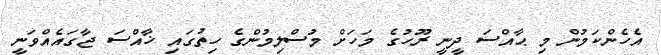
އެހެންކަމުން މި ޙާއްސަ ދީނީ ރޫހުގެ މަހަށް މުސްލިމުންގެ ހިތުގައި ޚާއްސަ ޖާގައެއްވަނީ